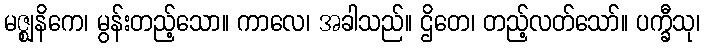
မဇ္ဈနိကေ၊ မွန်းတည့်သော။ ကာလေ၊ အခါသည်။ ဌိတေ၊ တည့်လတ်သော်။ ပက္ခီသု၊